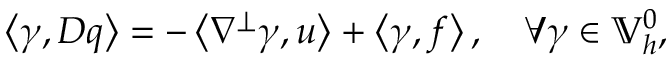
\left\langle \gamma , D q \right\rangle = - \left\langle \nabla ^ { \perp } \gamma , u \right\rangle + \left\langle \gamma , f \right\rangle , \quad \forall \gamma \in \mathbb { V } _ { h } ^ { 0 } ,